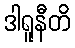
ဒါရူနီတိ